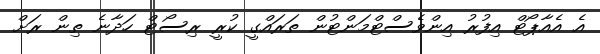
އެ އެއާޕޯޓް އިފުރު އިންވެސްޓްމަންޓުން ތަރައްގީ ކުރީ ރިސޯޓް ހަދާނެ ތިން ރަށް